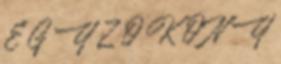
E G Y Z Ő K Ö N Y